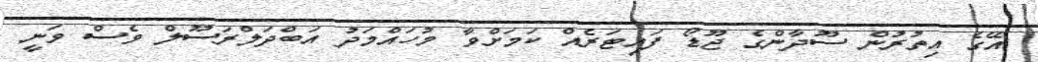
އޭގެ އިތުރުން ސޫދާންގެ ޖޫޑޯ ފައިޓަރެއް ކަމަށްވާ މުހައްމަދު އަބްދަލްރަސޫލް ވެސް ވަނީ